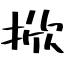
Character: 掀